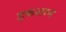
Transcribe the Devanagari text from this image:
इफशान